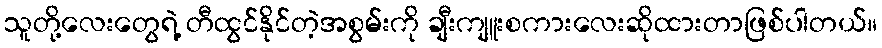
သူတို့လေးတွေရဲ့ တီထွင်နိုင်တဲ့အစွမ်းကို ချီးကျူးစကားလေးဆိုထားတာဖြစ်ပါတယ်။